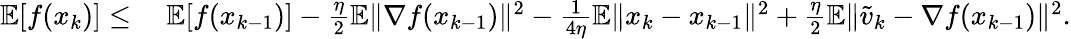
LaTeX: \begin{array}{rl}{\mathbb{E}[f(x_{k})]\leq}&{\ \mathbb{E}[f(x_{k-1})]-\frac{\eta}{2}\mathbb{E}\| \nabla f(x_{k-1})\| ^{2}-\frac{1}{4\eta}\mathbb{E}\| x_{k}-x_{k-1}\| ^{2}+\frac{\eta}{2}\mathbb{E}\| \widetilde v_{k}-\nabla f(x_{k-1})\| ^{2}.}\end{array}